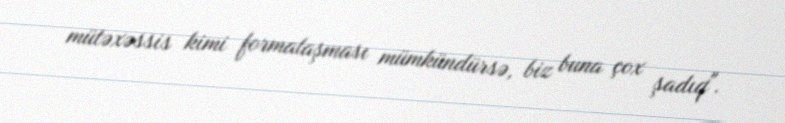
mütəxəssis kimi formalaşması mümkündürsə, biz buna çox şadıq".